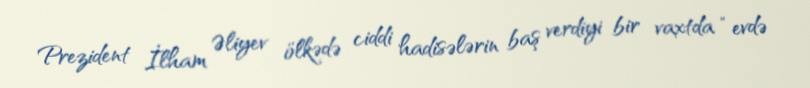
Prezident İlham Əliyev ölkədə ciddi hadisələrin baş verdiyi bir vaxtda “evdə